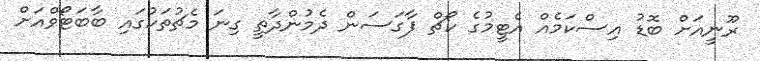
ރޫނީއަށް ބޮޑު އިސްކަމެއް އެޓީމުގެ ކޯޗް ފާގަސަން ދެމުންދާތީ ގިނަ މެޗުތަކުގައި ބާބަޓޯވްއަށް